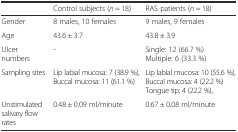
|  | Control subjects (n = 18) | RAS patients (n = 18) |
 | --- | --- | --- |
 | Gender | 8 males, 10 females | 9 males, 9 females |
 | Age | 43.6 ± 3.7 | 43.8 ± 3.9 |
 | Ulcer numbers | - | Single: 12 (66.7 %)Multiple: 6 (33.3 %) |
 | Sampling sites | Lip labial mucosa: 7 (38.9 %), Buccal mucosa: 11 (61.1 %) | Lip labial mucosa: 10 (55.6 %), Buccal mucosa: 4 (22.2 %) Tongue tip: 4 (22.2 %), |
 | Unstimulated salivary flow rates | 0.48 ± 0.09 ml/minute | 0.67 ± 0.08 ml/minute |